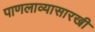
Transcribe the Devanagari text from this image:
पाणलाव्यासारखी